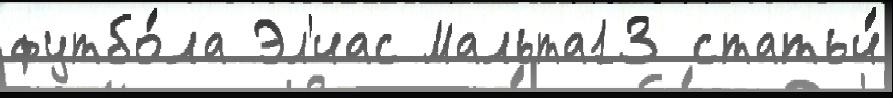
футбо́ла Эл'иас Мальта13 статьи́